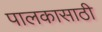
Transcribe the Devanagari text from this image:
पालकासाठी